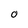
Character: O